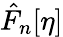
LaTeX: \hat{F}_{n}[\eta]